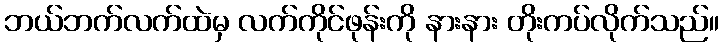
ဘယ်ဘက်လက်ထဲမှ လက်ကိုင်ဖုန်းကို နားနား တိုးကပ်လိုက်သည်။